Annual administration report of the Civil Veterinary Department of India - 1895-1896
Year: 1895
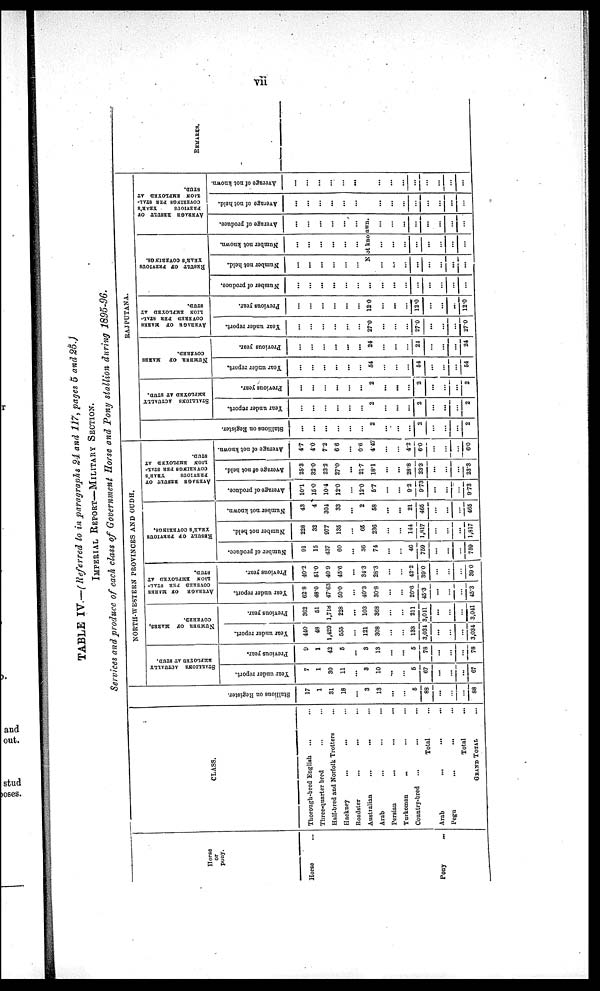
vii
TABLE IV.—(Referred to in paragraphs 24 and 117, pages 5 and 25.)
IMPERIAL REPORT—MILITARY SECTION.
Services and produce of each class of Government Horse and Pony stallion during 1895-96.
Horse
or
pony.
Horse ...
Pony ...
CLASS.
Thorough-bred English
... ...
Three-quarter bred ... ...
Half-bred and Norfolk Trotters ...
Hackney
... ... ...
Roadster ... ... ...
Australian ... ... ...
Arab ... ... ...
Persian
...
...
...
Turkoman ... ... ...
Country-bred ... ... ...
Total ...
Arab
...
...
...
Pegu ... ... ...
Total ...
GRAND TOTAL ...
St al l
i
ons on Regi st er .
17
1
31
18
...
3
13
...
...
5
88
...
...
...
88
NORTH-WESTERN PROVINCES AND OUDH.
STALLIONS ACTUALLY
EMPLOYED
AT STUD.
Year under report.
7
1
30
11
...
3
10
...
...
5
67
...
...
...
67
Previous year.
9
1
42
5
...
3
13
...
...
5
78
...
...
...
78
NUMBER OF MARES,
COVERED.
Year under report.
440
48
1,429
555
...
121
308
...
...
133
3,034
...
...
...
3,034
Previous year.
362
51
1,718
228
...
103
368
...
...
211
3,041
...
...
...
3,041
AVERAGE OF MARES
COVERED PER STAL-
---- EMPLOTED AT
STUD.
Tear under report.
62.8
48.0
47.63
50.0
...
40.3
30.8
...
...
26.6
45.3
...
...
...
45.3
Previous year.
40.2
51.0
40.9
45.6
...
34.3
28.3
...
...
42.2
39.0
...
...
...
39.0
RESULTS OF PREVIOUS
YEAR'S COVERINGS.
Number of produce.
91
15
437
60
...
36
74
...
...
46
759
...
...
...
759
Number not held.
228
32
977
135
...
65
236
...
...
144
1,817
...
...
...
1,817
Number not known.
43
4
304
33
...
2
58
...
...
21
465
...
...
...
465
AVERAGE RESULT OF
PREVIOUS
YEAR'S
COVERINGS PER STAL-
LION EMPLOYED AT
STUD.
Average of produce.
10.1
15.0
10.4
12.0
...
12.0
5.7
...
...
9.2
9.73
...
...
...
9.73
Average of not held.
25.3
32.0
23.2
27.0
...
21.7
18.1
...
...
28.8
23.3
...
...
...
23.3
Average of not known.
4.7
4.0
7.2
6.6
...
0.6
4.47
...
...
4.2
6.0
...
...
...
6.0
RAJPUTANA.
Stallions on Register.
...
...
...
...
...
...
2
...
...
...
2
...
...
...
2
STALLIONS ACTUALLY
EMPLOYED AT STUD.
Year under report.
...
...
...
...
...
...
2
...
...
...
2
...
...
...
2
Previous year.
...
...
...
...
...
...
2
...
...
...
2
...
...
...
2
NUMBER OF MARES
COVERED.
Year under report.
...
...
...
...
...
...
54
...
...
...
54
...
...
...
54
Previous year.
...
...
...
...
...
...
24
...
...
...
24
...
...
...
24
AVERAGE OF MARES
COVERED PER STAL-
---- EMPLOYED AT
STUD.
Year under report.
...
...
...
...
...
...
27.0
...
...
...
27.0
...
...
...
27.0
Previous year.
...
...
...
...
...
...
12.0
...
...
...
12.0
...
...
...
12.0
RESULTS OF PREVIOUS
YEAR'S COVERINGS.
Number of produce.
...
...
...
...
...
...
...
...
...
...
...
...
...
...
...
Number not held.
...
...
...
...
...
...
Number not known.
...
...
...
...
...
...
AVERAGE RESULT OF
PREVIOUS
YEAR'S
COVERINGS PER STAL-
LION EMPLOYED AT
STUD.
Average of produce.
...
...
...
...
...
...
Not known.
...
...
...
...
...
...
...
...
...
...
...
...
...
...
...
...
...
...
...
...
...
...
...
...
Average of not held.
...
...
...
...
...
...
...
...
...
...
...
...
...
...
...
Average of not known.
...
...
...
...
...
...
...
...
...
...
...
...
...
...
...
REMARKS.